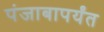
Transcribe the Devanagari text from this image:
पंजाबापर्यंत